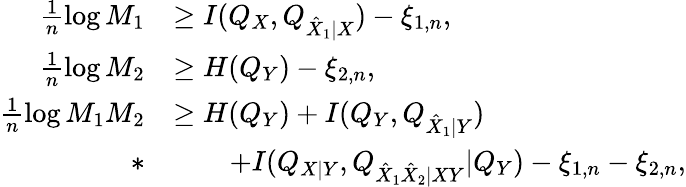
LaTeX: \begin{array}{rl}{\frac{1}{n}\log M_{1}}&{\geq I(Q_{X},Q_{\hat{X}_{1}|X})-\xi_{1,n},}\\ {\frac{1}{n}\log M_{2}}&{\geq H(Q_{Y})-\xi_{2,n},}\\ {\frac{1}{n}\log M_{1}M_{2}}&{\geq H(Q_{Y})+I(Q_{Y},Q_{\hat{X}_{1}|Y})}\\ {*}&{\qquad+I(Q_{X|Y},Q_{\hat{X}_{1}\hat{X}_{2}|XY}|Q_{Y})-\xi_{1,n}-\xi_{2,n},}\end{array}